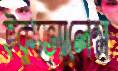
ইক্যুভ্যালেন্স